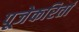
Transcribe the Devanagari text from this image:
पूजेकरितां